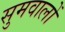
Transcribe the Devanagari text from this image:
सुमवालों